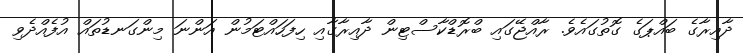
ދާއިރާގެ ބައްޕަގެ ގޮތުގައެވެ. ރާއްޖޭގައި ބްރޮޑްކާސްޓިން ދާއިރާގާއި ހިފަހައްޓަމުން އަންނަ މިންގަނޑުތައް އުފެއްދެވި